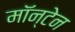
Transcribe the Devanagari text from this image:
मॉन्टेन